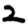
Digit: 2